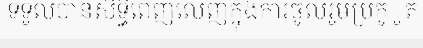
ទទួលបានសិទ្ធិពេញលេញក្នុងការចូលរួមប្រកូួត